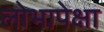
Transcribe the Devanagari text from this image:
लोभापेक्षा